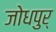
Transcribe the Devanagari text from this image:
जोधपुर्